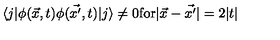
\langle j | \phi ( \vec { x } , t ) \phi ( \vec { x ^ { \prime } } , t ) | j \rangle \not = 0 \mathrm { f o r } | \vec { x } - \vec { x ^ { \prime } } | = 2 | t |